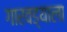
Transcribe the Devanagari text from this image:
गारवड्याला